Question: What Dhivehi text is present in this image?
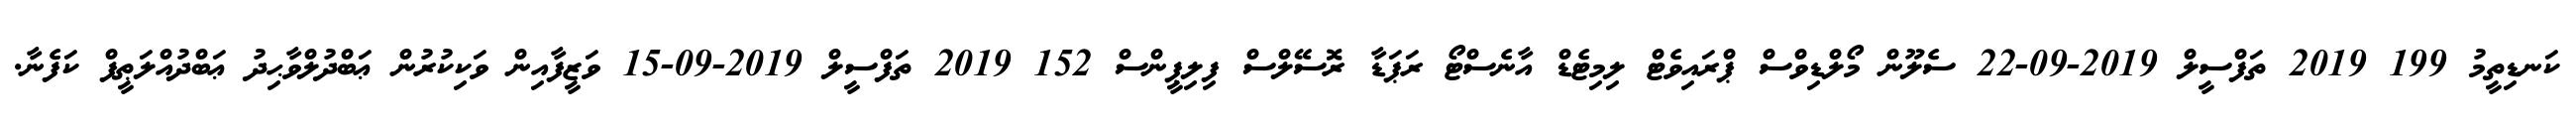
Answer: ކަނޑިތީމު 199 2019 ތަފްސީލް 2019-09-22 ސެލޫން މޯލްޑިވްސް ޕްރައިވެޓް ލިމިޓެޑް އާނެސްޓޯ ރަޕަޑާ ރޮސޭލްސް ފިލިޕީންސް 152 2019 ތަފްސީލް 2019-09-15 ވަޒީފާއިން ވަކިކުރުން ޢަބްދުލްވާޙިދު ޢަބްދުއްލަޠީފް ކަފެނާ.